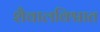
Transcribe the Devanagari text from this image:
शैवालविश्वात